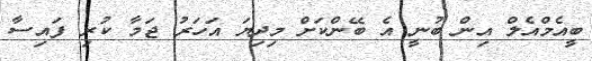
ބީއެމްއެލް އިން ބުނީ އެ ބޭންކަށް މިދިޔަ އަހަރު ޖަމާ ކުރި ފައިސާ